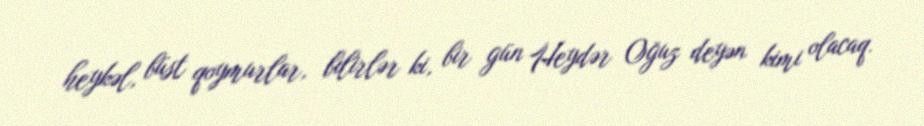
heykəl, büst qoymurlar, bilirlər ki, bir gün Heydər Oğuz deyən kimi olacaq.